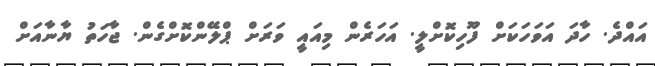
އައްދެ. ހާދަ އަވަހަކަށް ފޫހިކޮށްލީ. އަހަރެން މިއައީ ވަރަށް ޕްލޭންކޮށްގެން. ޖާހަތު ޔާނާއަށް